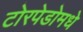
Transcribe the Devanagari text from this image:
टोरपेडोमधे